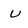
Character: U